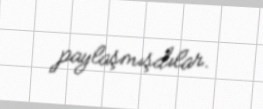
paylaşmışdılar.